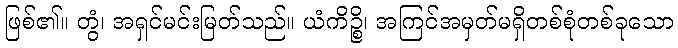
ဖြစ်၏။ တွံ၊ အရှင်မင်းမြတ်သည်။ ယံကိဉ္စိ၊ အကြင်အမှတ်မရှိတစ်စုံတစ်ခုသော